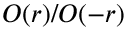
O ( r ) / O ( - r )